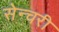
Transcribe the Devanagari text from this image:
सेन्चरी